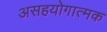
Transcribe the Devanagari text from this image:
असहयोगात्मक